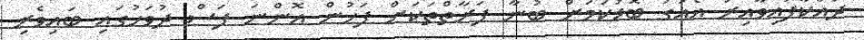
ދައްކާފައިވާއިރު އެއަގު ބޮޑުކަމަށް ބުނާ ފަރާތްތަކަށް ފަހުން އޮންނަ ފަސް ދުވަހުގައި ބައިވެރި